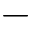
-